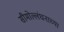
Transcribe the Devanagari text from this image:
सीमोल्लंघनाच्या